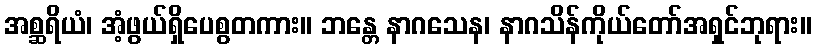
အစ္ဆရိယံ၊ အံ့ဖွယ်ရှိပေစွတကား။ ဘန္တေ နာဂသေန၊ နာဂသိန်ကိုယ်တော်အရှင်ဘုရား။